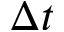
\Delta t